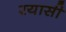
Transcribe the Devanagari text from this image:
रयासी